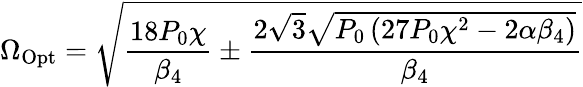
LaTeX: \Omega_{\mathrm{Opt}}=\sqrt{\frac{18P_{0}\chi}{\beta_{4}}\pm\frac{2\sqrt{3}\sqrt{P_{0}\left(27P_{0}\chi^{2}-2\alpha\beta_{4}\right)}}{\beta_{4}}}